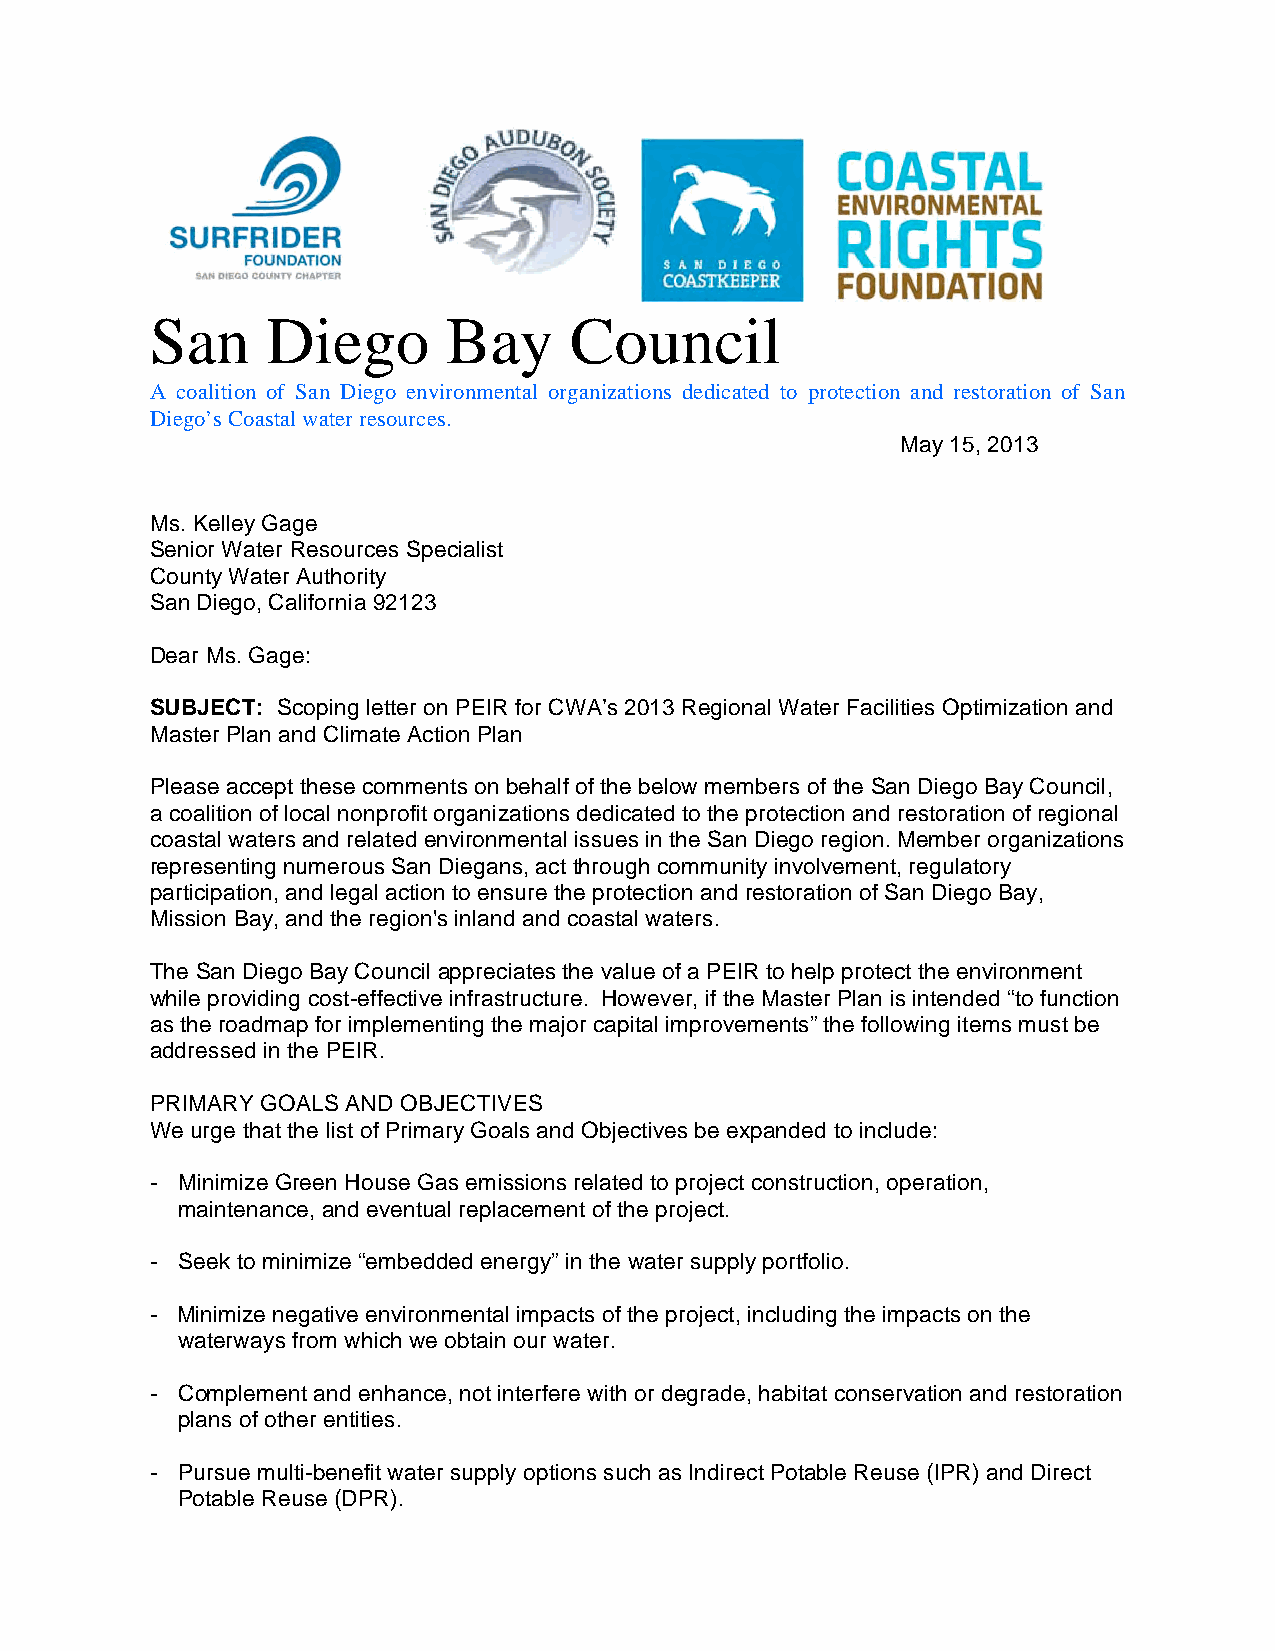
San     Diego       Bay     Council
 A coalition of San Diego environmental organizations dedicated to protection and restoration of San
 Diego’s Coastal water resources.
 May 15, 2013
 Ms. Kelley Gage
 Senior Water Resources Specialist
 County Water Authority
 San Diego, California 92123
 Dear Ms. Gage:
 SUBJECT: Scoping letter on PEIR for CWA’s 2013 Regional Water Facilities Optimization and
 Master Plan and Climate Action Plan
 Please accept these comments on behalf of the below members of the San Diego Bay Council,
 a coalition of local nonprofit organizations dedicated to the protection and restoration of regional
 coastal waters and related environmental issues in the San Diego region. Member organizations
 representing numerous San Diegans, act through community involvement, regulatory
 participation, and legal action to ensure the protection and restoration of San Diego Bay,
 Mission Bay, and the region's inland and coastal waters.
 The San Diego Bay Council appreciates the value of a PEIR to help protect the environment
 while providing cost-effective infrastructure. However, if the Master Plan is intended “to function
 as the roadmap for implementing the major capital improvements” the following items must be
 addressed in the PEIR.
 PRIMARY GOALS AND OBJECTIVES
 We urge that the list of Primary Goals and Objectives be expanded to include:
 - Minimize Green House Gas emissions related to project construction, operation,
 maintenance, and eventual replacement of the project.
 - Seek to minimize “embedded energy” in the water supply portfolio.
 - Minimize negative environmental impacts of the project, including the impacts on the
 waterways from which we obtain our water.
 - Complement and enhance, not interfere with or degrade, habitat conservation and restoration
 plans of other entities.
 - Pursue multi-benefit water supply options such as Indirect Potable Reuse (IPR) and Direct
 Potable Reuse (DPR).